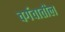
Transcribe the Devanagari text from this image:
वर्गवातील